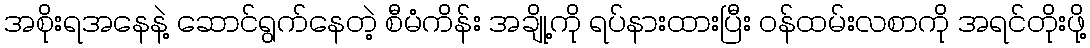
အစိုးရအနေနဲ့ ဆောင်ရွက်နေတဲ့ စီမံကိန်း အချို့ကို ရပ်နားထားပြီး ဝန်ထမ်းလစာကို အရင်တိုးဖို့